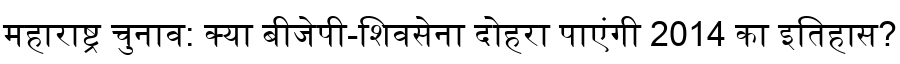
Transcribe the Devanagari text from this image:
महाराष्ट्र चुनाव: क्या बीजेपी-शिवसेना दोहरा पाएंगी 2014 का इतिहास?